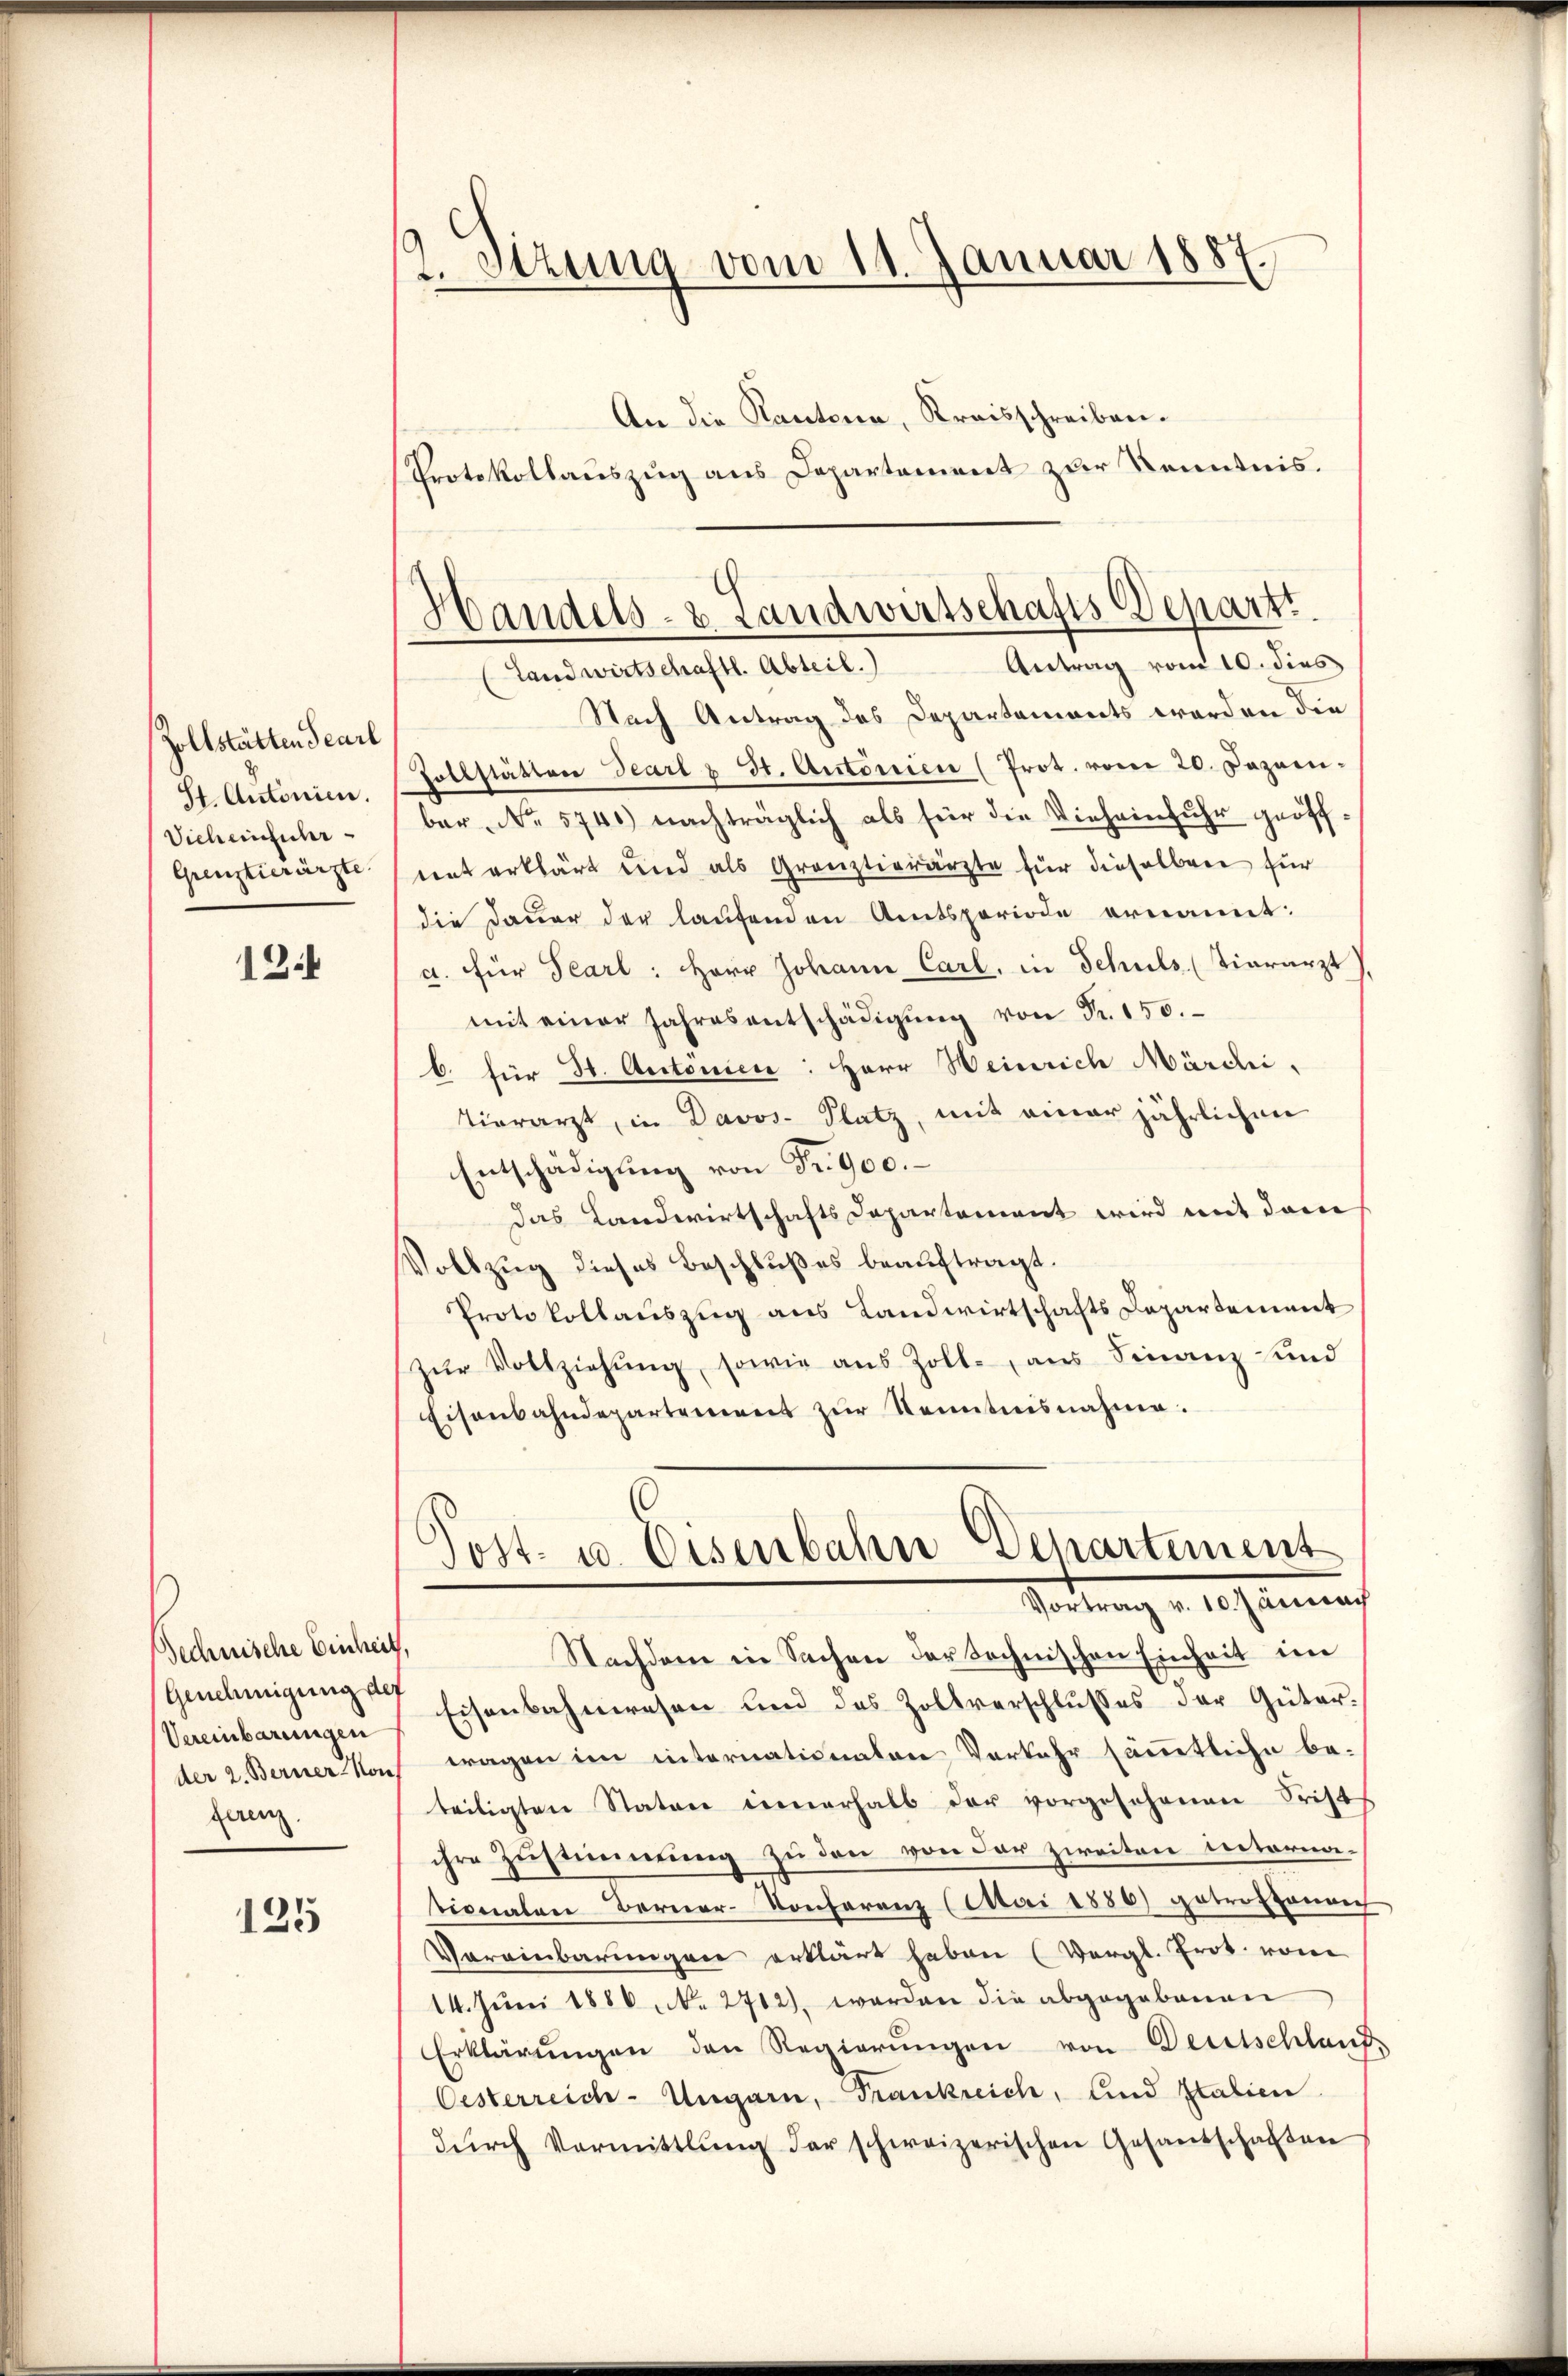
Zollstätten Tearl
St. Antonien.
Vich einführ
Grenztierärzte.

124

Technische Einheit,
Genehmigung der
Vereinbarungen
der 2. Berner von
feren

125

2. Stzung vom 11. Januar 1887.

Handels- & Landwirtschafts-Departi

An die Kantona, Kreisschreiben.
Protokollauszug aus Departement zur Kenntnis.
Antrag vom 10. dies
Landwirtschaftl. Abteil.)
Nach Antrag des Departements werden die
Zollstätten Teart u St. Autorien (Prot. vom 20. Dezember No. 5740) nachträglich als für die Vieheinfuhr geöffent erklärt und als Gränztierärzte für dieselben für
die Dauer der laufenen Amtsperiode ernannt:
a. für Pearl: Herr Johann Carl, in Schuls. (Viararzt
mit einer Jahresentschädigung von Fr. 150.
b. für 31. Autonien: Herr Weinrich Märdii,
Tierarzt, in Davos- Platz, mit einer jährlichen
Entschädigung von Fr. 900.
das Landwirtschafts Departement wird mit dem
Vollzug dieses Beschlußes beauftragt.
Protokollauszug aus Landwirtschafts Departement
zŭr Vollziehŭng, sowie aus Zoll aus Finanz und
Eisenbahndepartement zŭr Kenntnisnahme.
¬
Post- u. Eisenbahn Separtement
Portung v. 10. Januar
Nachdem in Sachen der technischen Einheit im
Eisenbahnwesen und des Zollverschlusses der Güter.
wagen im internationalen Vorkehr sämtliche be-
teiligten Staten einerhalb der vorgesehenen Frist
ihre Zustimmung zu den von der zweiten intorna-
vionalen Berner-Konferenz (Mai 1886) getrotzonen
Vereinbarungen erklärt haben (Vergl. Prot. von
14. Juni 1886. No. 2712), worden die abgegebenen
Erklärŭngen den Regierŭngen von Deutschland,
Oesterreich-Ungarn, Frankreich, und Italien
dŭrch Vormittlung der schweizerischen Gesandschaften